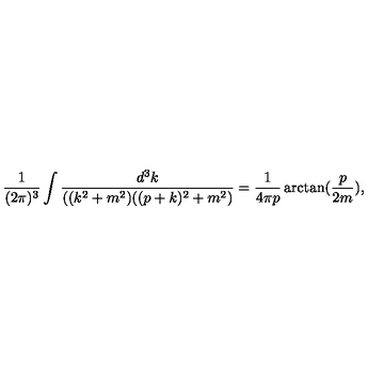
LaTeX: \frac { 1 } { ( 2 \pi ) ^ { 3 } } \int \frac { d ^ { 3 } k } { ( ( k ^ { 2 } + m ^ { 2 } ) ( ( p + k ) ^ { 2 } + m ^ { 2 } ) } = \frac { 1 } { 4 \pi p } \arctan ( \frac { p } { 2 m } ) ,